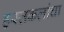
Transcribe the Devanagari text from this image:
हस्तकलांचा